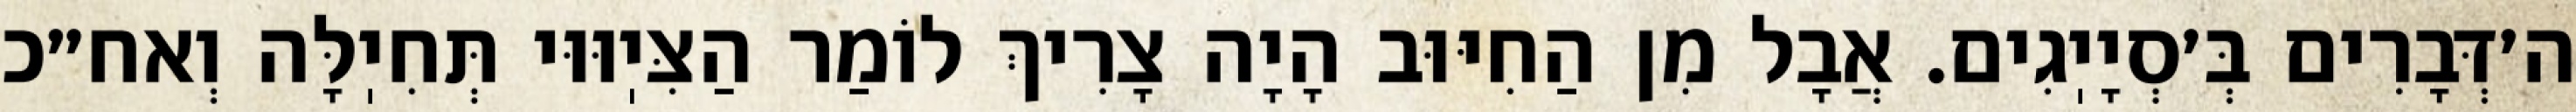
ה׳דְּבָרִים בְּ׳סְיָיֽגִים. אֲבָל מִן הַחִיּוּב הָיָה צָרִיךְ לוֹמַר הַצִּיֽוּוּי תְּחִיֽלָּה וְאח״כ